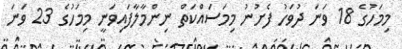
މިމަހުގެ 18 ވަނަ ދުވަހު ފެށުނު މިމަސައްކަތް ނިންމާލާފައިވަނީ މިމަހުގެ 23 ވަނަ